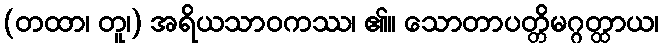
(တထာ၊ တူ၊) အရိယသာဝကဿ၊ ၏။ သောတာပတ္တိမဂ္ဂတ္ထာယ၊